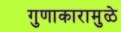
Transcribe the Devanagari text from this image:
गुणाकारामुळे